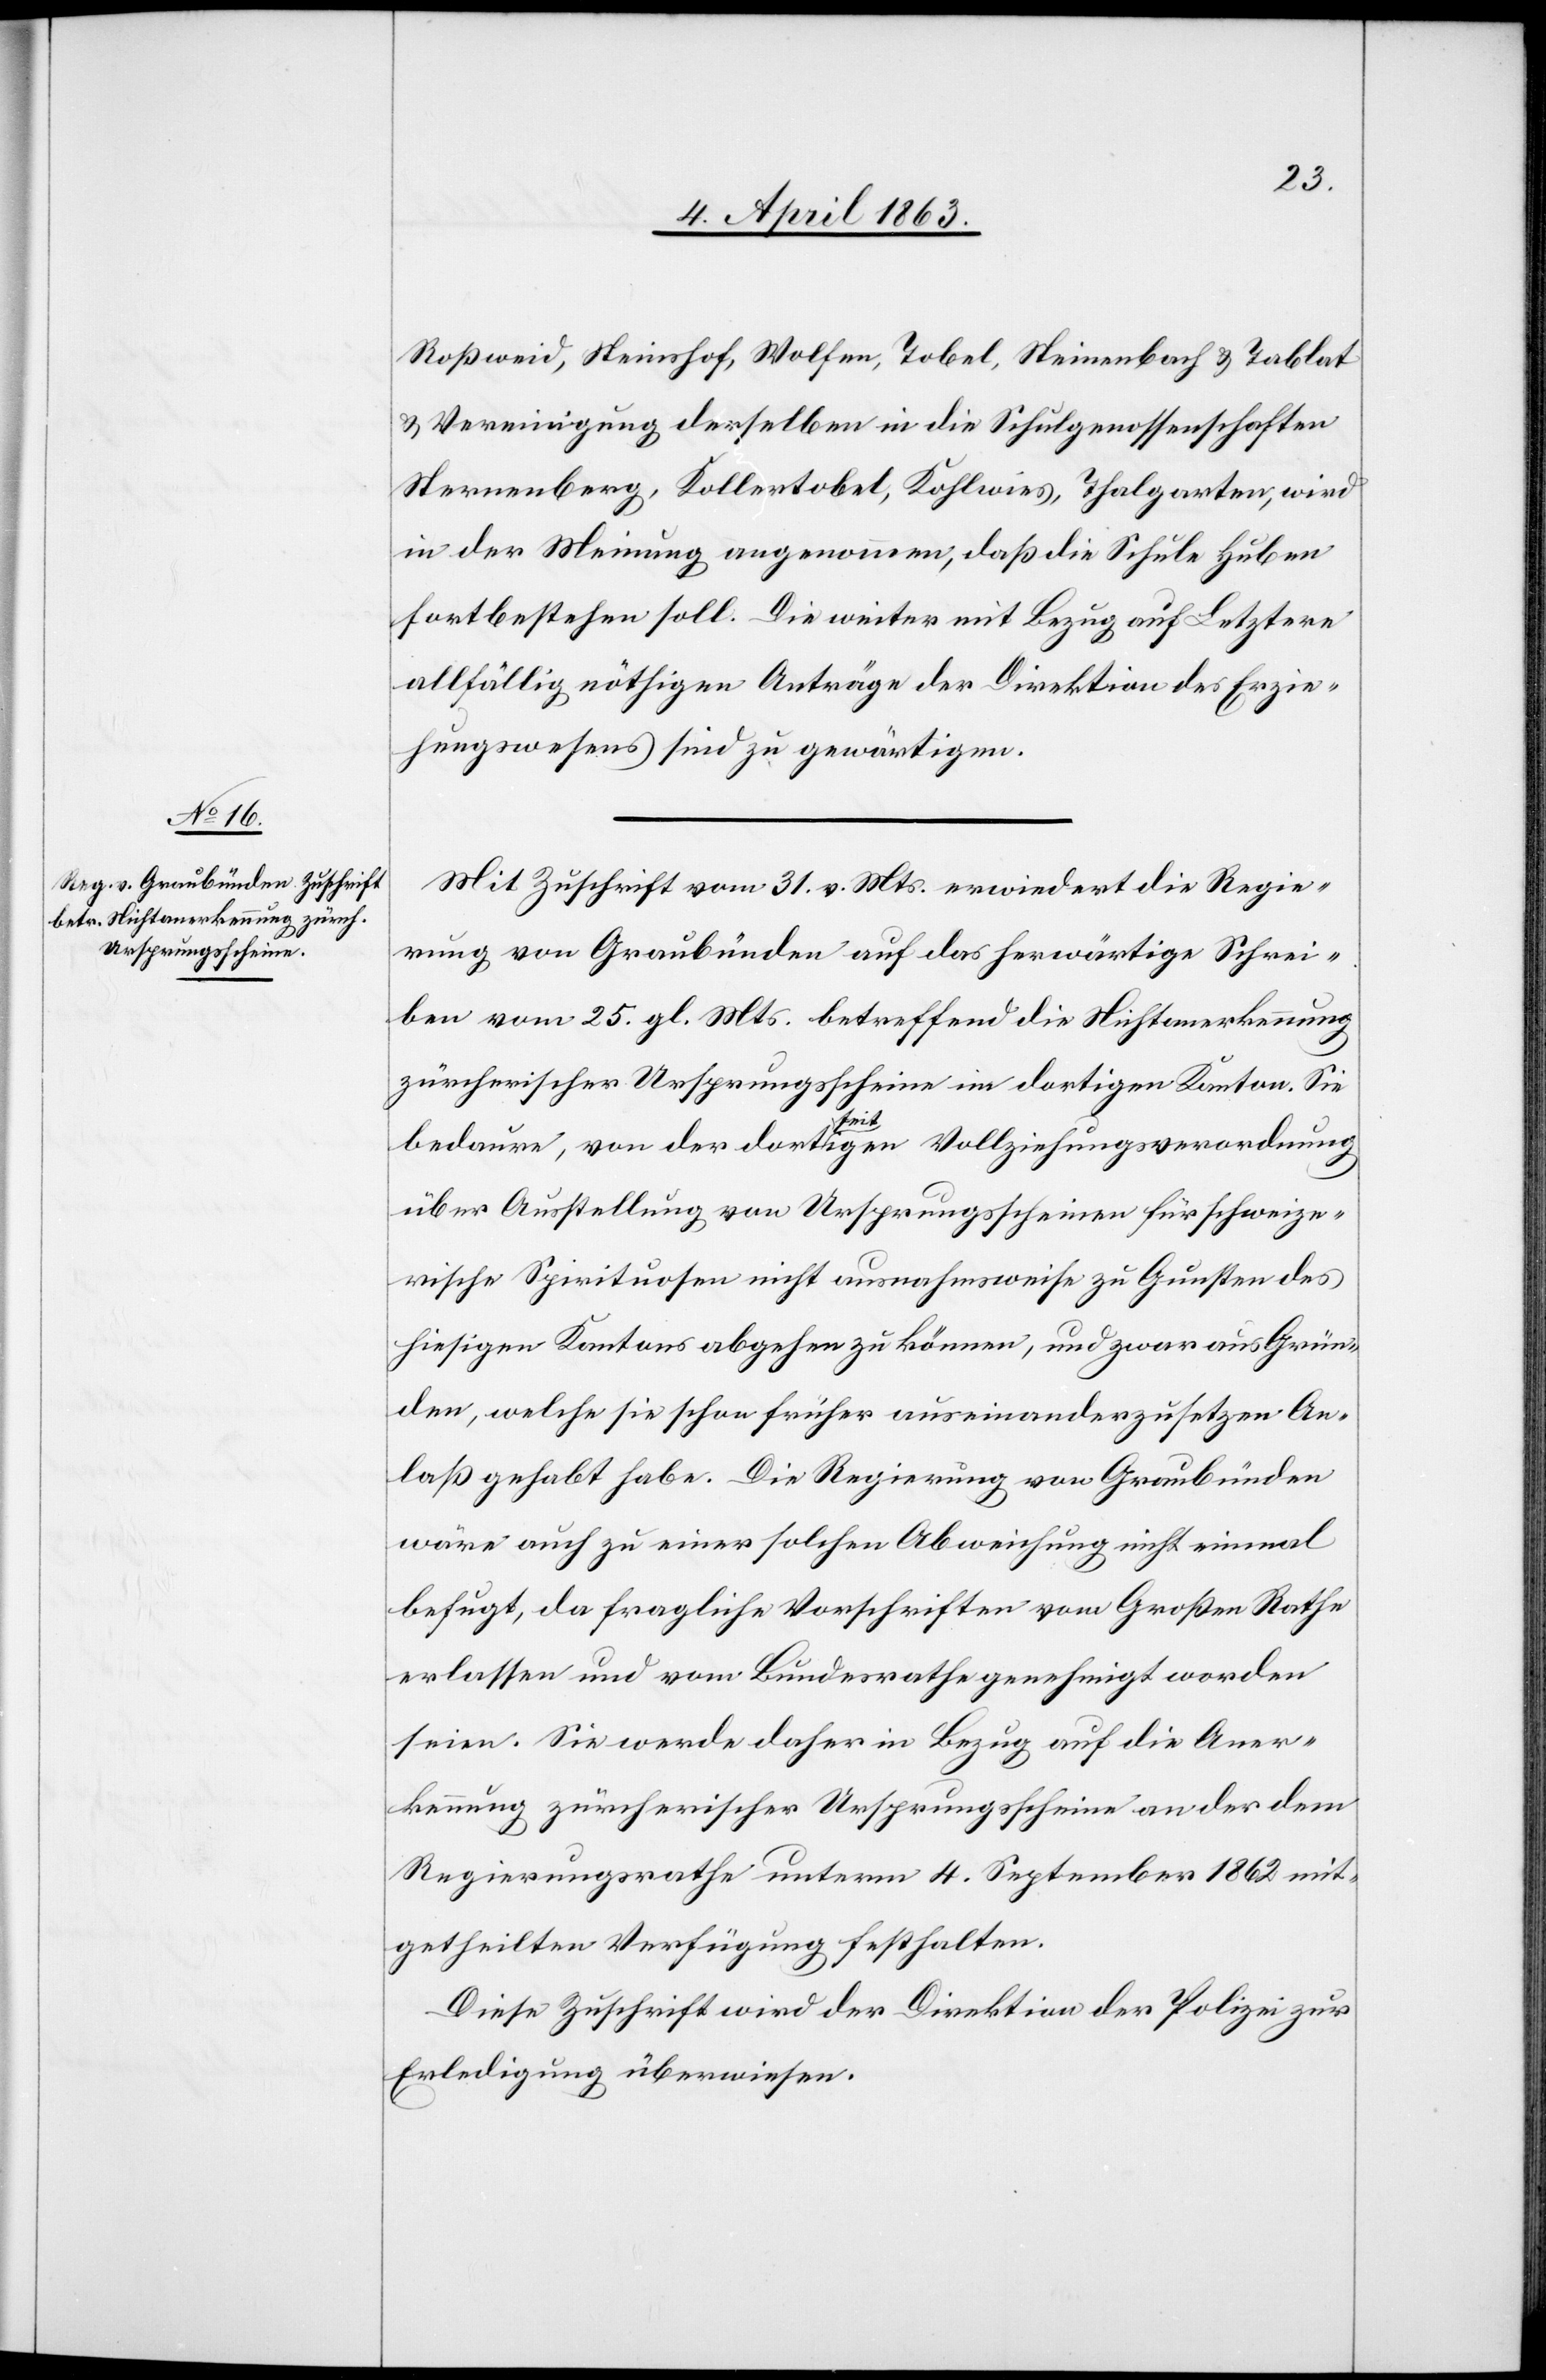
Roßweid, Steinshof, Wolfen, Tobel, Steinenbach & Tablat
& Vereinigung derselben in die Schulgenossenschaften
Sternenberg, Kollertobel, Kohlwies, Thalgarten, wird
in der Meinung angenommen, daß die Schule Huben
fortbestehen soll. Die weiter mit Bezug auf Letztere
allfällig nöthigen Anträge der Direktion des Erzie¬
hungswesens sind zu gewärtigen.
Mit Zuschrift vom 31. v. Mts. erwiedert die Regie¬
rung von Graubünden auf das herwärtige Schrei¬
ben vom 25. gl. Mts. betreffend die Nichtanerkennung
zürcherischer Ursprungsscheine im dortigen Kanton. Sie
bedaure, von der dorta-seit-aigen Vollziehungsverordnung
über Ausstellung von Ursprungsscheinen für schweize¬
rische Spirituosen nicht ausnahmsweise zu Gunsten des
hiesigen Kantons abgehen zu können, und zwar aus Grün¬
den, welche sie schon früher auseinanderzusetzen An¬
laß gehabt habe. Die Regierung von Graubünden
wäre auch zu einer solchen Abweichung nicht einmal
befugt, da fragliche Vorschriften vom Großen Rathe
erlassen und vom Bundesrathe genehmigt worden
seien. Sie werde daher in Bezug auf die Aner¬
kennung zürcherischer Ursprungsscheine an der dem
Regierungsrathe unterm 4. September 1862 mit¬
getheilten Verfügung festhalten.
Diese Zuschrift wird der Direktion der Polizei zur
Erledigung überwiesen.